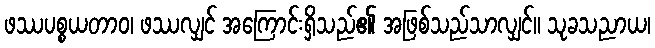
ဖဿပစ္စယတာဝ၊ ဖဿလျှင် အကြောင်းရှိသည်၏ အဖြစ်သည်သာလျှင်။ သုခသညာယ၊